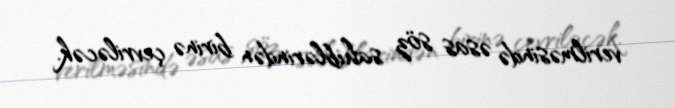
verilməsində əsas söz sahiblərindən birinə çevriləcək.